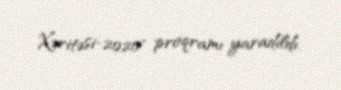
Xəritəsi-2020" proqramı yaradıldı.